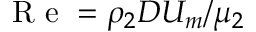
\displaystyle \mathrm { ~ R ~ e ~ } = \rho _ { 2 } D U _ { m } / \mu _ { 2 }